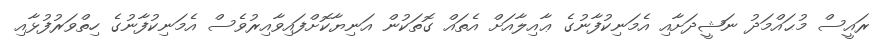
ރައީސް މުޙައްމަދު ނަޝީދަށާއި އެމަނިކުފާނުގެ ޢާއިލާއަށް އެތައް ގޮތަކުން އަނިޔާކޮށްފައިވާއިރުވެސް އެމަނިކުފާނުގެ ހިތްވަރުފުޅާއި